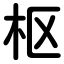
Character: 枢